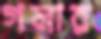
গলার